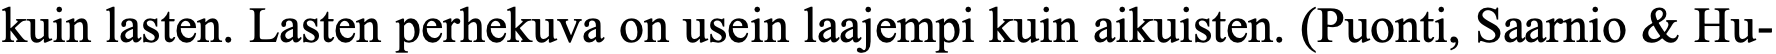
kuin lasten. Lasten perhekuva on usein laajempi kuin aikuisten. (Puonti, Saarnio & Hu-